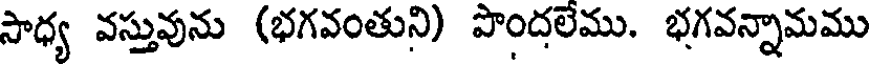
సాధ్య వస్తువును (భగవంతుని) పొందలేము. భగవన్నామము